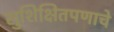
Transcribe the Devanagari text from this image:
सुशिक्षितपणाचे